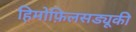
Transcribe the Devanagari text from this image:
हिमोफ़िलसड्यूकी